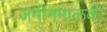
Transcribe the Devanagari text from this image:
जमीनमालकी